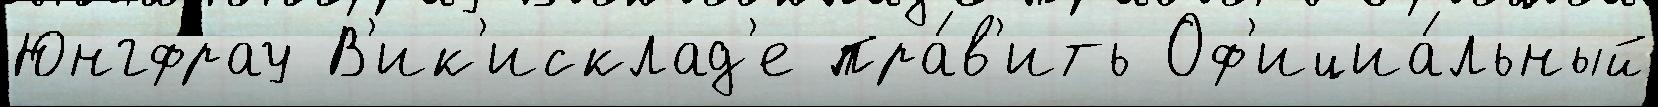
Юнгфрау В'ик'исклад'е пра́в'ить Оф'ициа́льный